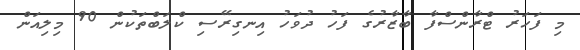
މި ފަހަރު ޓްރާންސްފާ ބާޒާރުގެ ފަހު ދުވަހު އިނގިރޭސި ކްލަބްތަކުން 90 މިލިއަން